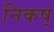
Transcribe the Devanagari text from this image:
निकष्